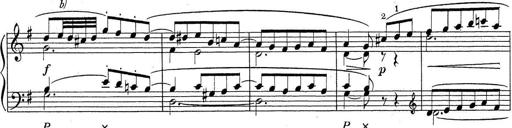
Title: ÄŒeskÃ© Sonatiny
Composer: Various